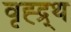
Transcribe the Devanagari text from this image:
वृह्द्र्थ